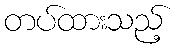
တပ်ထားသည့်